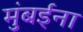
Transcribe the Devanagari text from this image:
मुंबईना